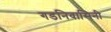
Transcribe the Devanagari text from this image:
गडनिवासिनी